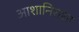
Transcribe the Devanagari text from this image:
आशानिराशा